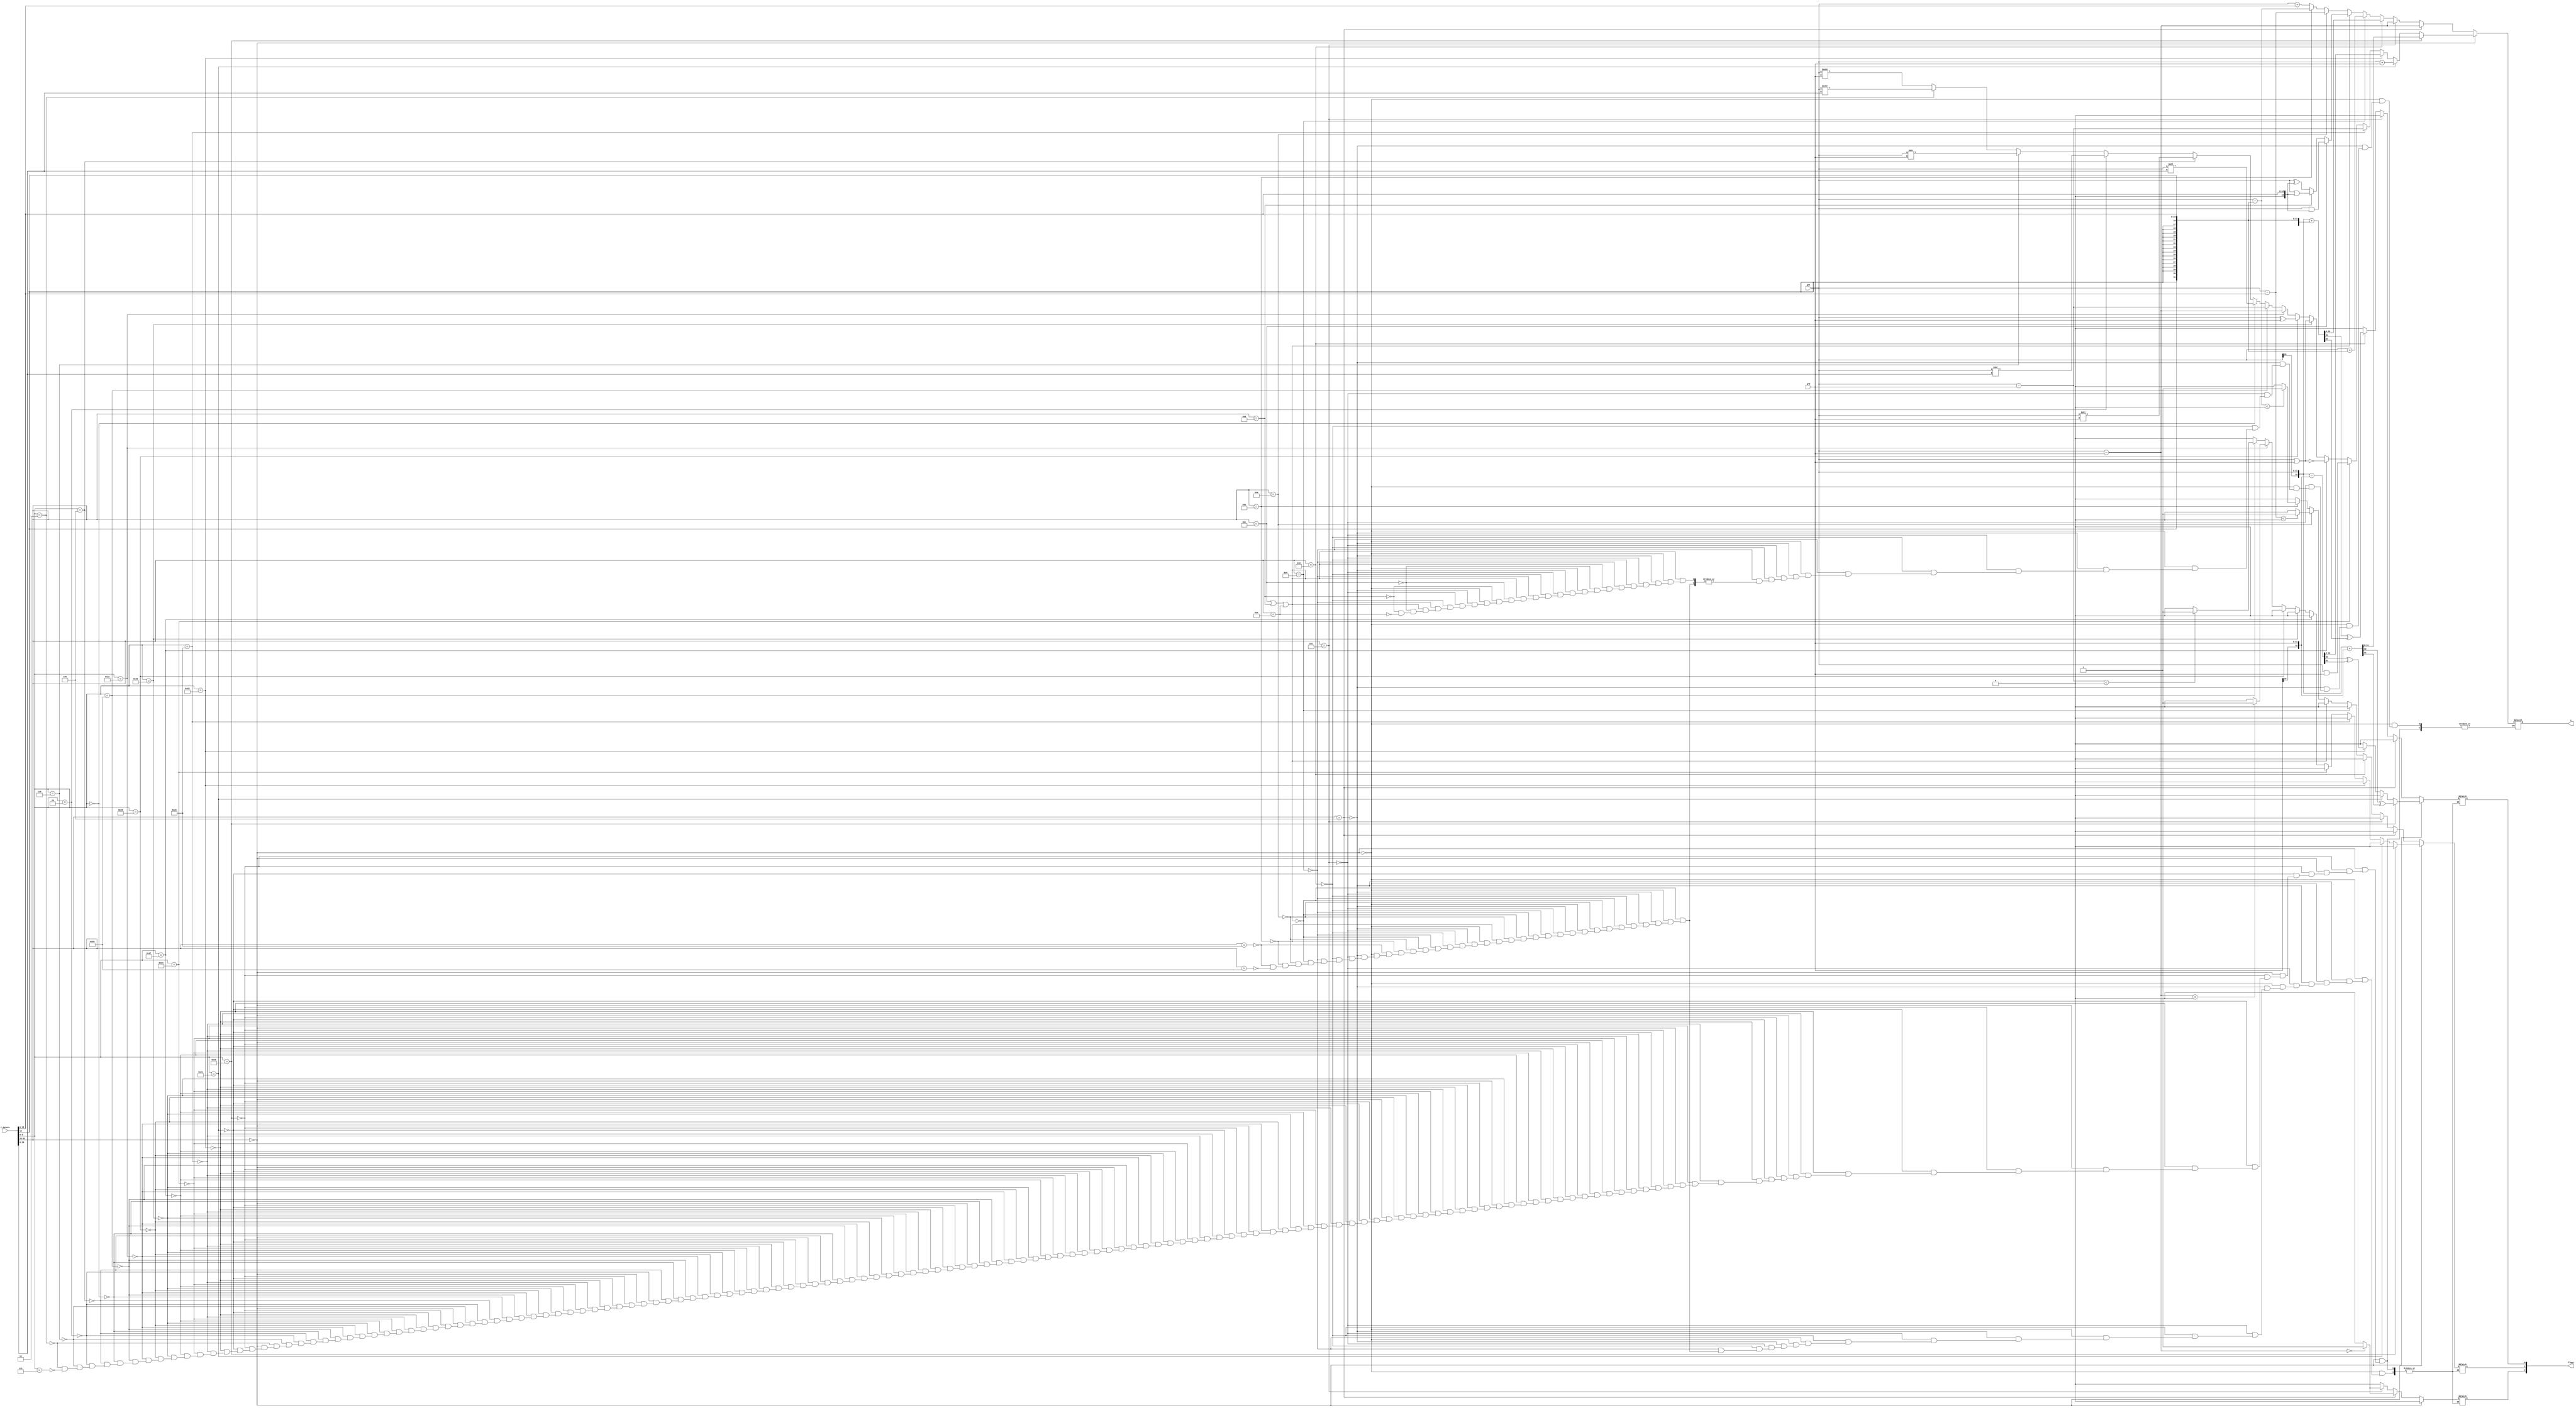
module alu(i_datain, gr1, gr2, c, flags);
input [31:0] i_datain, gr1, gr2;
output [31:0] c;  // result
//output zero;
//output neg;
//output overlflow;
output [2:0] flags;

reg [5:0] opcode, func;
reg [4:0] shamt;
reg signed[31:0] reg_A, reg_B, reg_C;
reg [31:0] unsigned_reg_A, unsigned_reg_B;
reg [31:0] imm;
reg ovf;  //used to dectect overflow
reg zero, negative, overflow;


always @(i_datain, gr1, gr2)
begin
    reg_A = gr1;
    unsigned_reg_A = gr1;
    opcode = i_datain[31:26];
    func = i_datain[5:0];
    shamt = i_datain[10:6];
    imm = {{16{i_datain[15]}} ,i_datain[15:0]}; // sign extend imm into 32 bits

    // R type instructions
    if (opcode == 6'b00_0000)
    begin
        // add
        if (func == 6'b10_0000)
        begin
            reg_B = gr2;
            {ovf, reg_C} = {reg_A[31], reg_A} + {reg_B[31], reg_B};
            negative = 1'b0;
            zero = 1'b0;
            overflow = ovf ^ reg_C[31];
        end
        // addu
        else if (func == 6'b10_0001)
        begin
            unsigned_reg_B = gr2;
            reg_C = unsigned_reg_A + unsigned_reg_B;
            negative = 1'b0;
            zero = 1'b0;
            overflow = 1'b0;
        end
        // sub
        else if (func == 6'b10_0010)
        begin
            reg_B = gr2;
            {ovf, reg_C} = {reg_A[31], reg_A} - {reg_B[31], reg_B};
            overflow = ovf ^ reg_C[31];
            negative = 1'b0;
            zero = 1'b0;
        end
        // subu
        else if (func == 6'b10_0011)
        begin
            unsigned_reg_B = gr2;
            reg_C = unsigned_reg_A - unsigned_reg_B;
            negative = 1'b0;
            zero = 1'b0;
            overflow = 1'b0;
        end
        // and
        else if (func == 6'b10_0100)
        begin
            reg_B = gr2;
            reg_C = reg_A & reg_B;
            negative = 1'b0;
            zero = 1'b0;
            overflow = 1'b0;
        end
        // nor
        else if (func == 6'b10_0111)
        begin
            reg_B = gr2;
            reg_C = ~(reg_A | reg_B);
            negative = 1'b0;
            zero = 1'b0;
            overflow = 1'b0;
        end
        // or
        else if (func == 6'b10_0101)
        begin
            reg_B = gr2;
            reg_C = reg_A | reg_B;
            negative = 1'b0;
            zero = 1'b0;
            overflow = 1'b0;
        end
        // xor
        else if (func == 6'b10_0110)
        begin
            reg_B = gr2;
            reg_C = reg_A ^ reg_B;
            negative = 1'b0;
            zero = 1'b0;
            overflow = 1'b0;
        end
        // slt
        else if (func == 6'b10_1010)
        begin
            reg_B = gr2;
            reg_C = reg_A - reg_B;
            negative = reg_C < 0 ? 1'b1 : 1'b0;
            zero = 1'b0;
            overflow = 1'b0;
        end
        // sltu
        else if (func == 6'b10_1011)
        begin
            unsigned_reg_B = gr2;
            reg_C = unsigned_reg_A - unsigned_reg_B;
            negative = reg_C < 0 ? 1'b1 : 1'b0;
            zero = 1'b0;
            overflow = 1'b0;
        end
        // sll
        else if (func == 6'b00_0000)
        begin
            reg_B = {{27{1'b0}}, shamt};
            reg_C = reg_A << reg_B;
            negative = 1'b0;
            zero = 1'b0;
            overflow = 1'b0;
        end
        // sllv
        else if (func == 6'b00_0100)
        begin
            reg_B = gr2;
            reg_C = reg_A << reg_B;
            negative = 1'b0;
            zero = 1'b0;
            overflow = 1'b0;
        end
        // srl
        else if (func == 6'b00_0010)
        begin
            reg_B = {{27{1'b0}}, shamt};
            reg_C = reg_A >> reg_B;
            negative = 1'b0;
            zero = 1'b0;
            overflow = 1'b0;
        end
        // srlv
        else if (func == 6'b00_0110)
        begin
            reg_B = gr2;
            reg_C = reg_A >> reg_B;
            negative = 1'b0;
            zero = 1'b0;
            overflow = 1'b0;
        end
        // sra
        else if (func == 6'b00_0011)
        begin
            reg_B = {{27{1'b0}}, shamt};
            reg_C = reg_A >>> reg_B;
            negative = 1'b0;
            zero = 1'b0;
            overflow = 1'b0;
        end
        // srav  
        else if (func == 6'b00_0111)
        begin
            reg_B = gr2;
            reg_C = reg_A >>> reg_B;
            negative = 1'b0;
            zero = 1'b0;
            overflow = 1'b0;
        end
    end

    // beq
    else if (opcode == 6'b00_0100)
    begin
        reg_B = gr2;
        reg_C = reg_A - reg_B;
        zero = (reg_C == 0)? 1'b1: 1'b0;
        reg_C = reg_A - reg_B;
        negative = 1'b0;
        overflow = 1'b0;
    end
    // bne
    else if (opcode == 6'b00_0101)
    begin
        reg_B = gr2;
        reg_C = reg_A - reg_B;
        zero = (reg_C == 0)? 1'b1: 1'b0;
        negative = 1'b0;
        overflow = 1'b0;
    end
    // addi
    else if (opcode == 6'b00_1000)
    begin
        reg_B = imm;
        {ovf, reg_C} = {reg_A[31], reg_A} + {reg_B[31], reg_B};
        overflow = ovf ^ reg_C[31];
        zero = 1'b0;
        negative = 1'b0;
    end
    // addiu
    else if (opcode == 6'b00_1001)
    begin
        unsigned_reg_B = imm;
        reg_C = unsigned_reg_A + unsigned_reg_B;
        zero = 1'b0;
        negative = 1'b0;
        overflow = 1'b0;
    end
    // andi, ori, xori needs zero extend (not sign extend) to calculate
    else if (opcode == 6'b00_1100 || opcode == 6'b00_1101 || opcode == 6'b00_1110)
    begin
        imm = {{16{1'b0}}, i_datain[15:0]};
        zero = 1'b0;
        negative = 1'b0;
        overflow = 1'b0;
        if (opcode == 6'b00_1100) // andi 
        begin
            reg_B = imm;
            reg_C = reg_A & reg_B;
        end
        else if (opcode == 6'b00_1101) // ori 
        begin
            reg_B = imm;
            reg_C = reg_A | reg_B;
        end
        else if (opcode == 6'b00_1110) // xori 
        begin
            reg_B = imm;
            reg_C = reg_A ^ reg_B;
        end
    end
    // slti
    else if (opcode == 6'b00_1010)
    begin
        reg_B = imm;
        reg_C = reg_A - reg_B;
        negative = reg_C < 0 ? 1'b1 : 1'b0;
        zero = 1'b0;
        overflow = 1'b0;
    end
    // sltiu (can use sltu to calculate)
    else if (opcode == 6'b00_1011)
    begin
        unsigned_reg_B = imm;
        reg_C = unsigned_reg_A - unsigned_reg_B;
        negative = reg_C < 0 ? 1'b1 : 1'b0;
        zero = 1'b0;
        overflow = 1'b0;
    end
    // lw
    else if (opcode == 6'b10_0011)
    begin
        reg_B = imm;
        reg_C = reg_A + reg_B;
        zero = 1'b0;
        negative = 1'b0;
        overflow = 1'b0;
    end
    // sw
    else if (opcode == 6'b10_1011)
    begin
        reg_B = imm;
        reg_C = reg_A + reg_B;
        zero = 1'b0;
        negative = 1'b0;
        overflow = 1'b0;
    end
    // Unsupported instructions or instruction error
    else
    begin
        $display("Unsupported instructions or invalid input");
    end
end

assign c = reg_C[31:0];
assign flags = {zero, negative, overflow};

endmodule